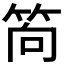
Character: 𥭈